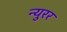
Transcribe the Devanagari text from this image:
न्युरर